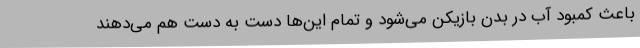
باعث کمبود آب در بدن بازیکن می‌شود و تمام این‌ها دست به دست هم می‌دهند